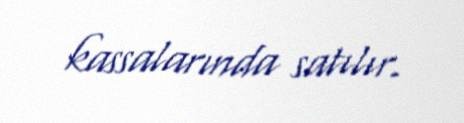
kassalarında satılır.